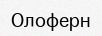
Олоферн